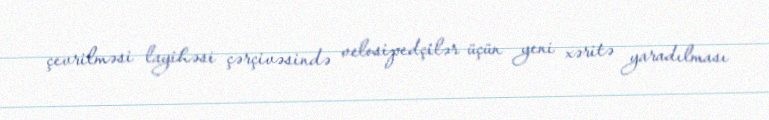
çevrilməsi layihəsi çərçivəsində velosipedçilər üçün yeni xəritə yaradılması